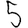
Digit: 5